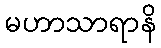
မဟာသာရာနိ